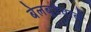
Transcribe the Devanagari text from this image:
बेलबूटेवाले